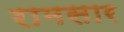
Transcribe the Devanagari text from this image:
रामसार